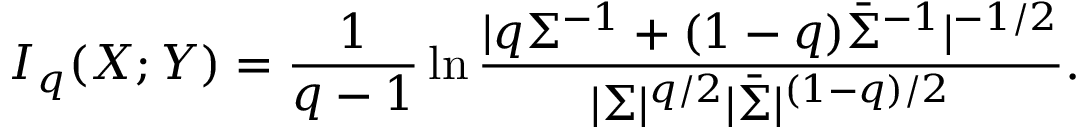
I _ { q } ( X ; Y ) = \frac { 1 } { q - 1 } \ln \frac { | q \Sigma ^ { - 1 } + ( 1 - q ) \bar { \Sigma } ^ { - 1 } | ^ { - 1 / 2 } } { | \Sigma | ^ { q / 2 } | \bar { \Sigma } | ^ { ( 1 - q ) / 2 } } .